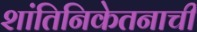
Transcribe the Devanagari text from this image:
शांतिनिकेतनाची